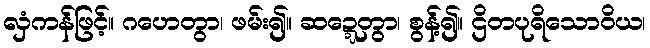
လှံကန်ဖြင့်။ ဂဟေတွာ၊ ဖမ်း၍။ ဆဍ္ဍေတွာ၊ စွန့်၍။ ဌိတပုရိသောဝိယ၊